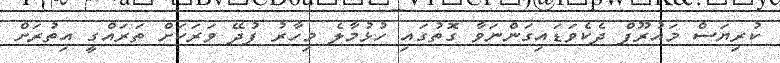
ކުރިޔަސް މައުރޫފް ދެކެވަޑައިގަންނަވާ ގޮތުގައި ހުޅުމާލެ މިހާރު ފުދޭ ވަރަކަށް ތަރައްގީ އިތުރަށް